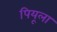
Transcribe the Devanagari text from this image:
पियूला